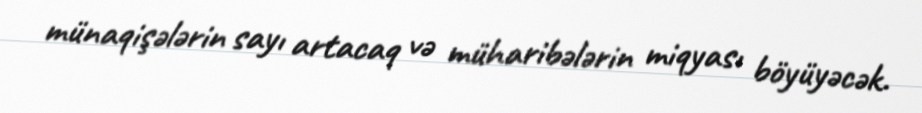
münaqişələrin sayı artacaq və müharibələrin miqyası böyüyəcək.